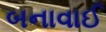
બનાવાઈ